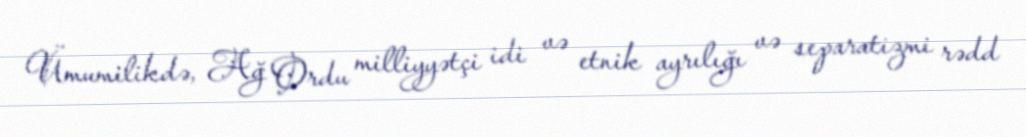
Ümumilikdə, Ağ Ordu milliyyətçi idi və etnik ayrılığı və separatizmi rədd